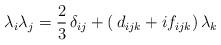
LaTeX: \begin{align*}\lambda_i\lambda_j=\frac{2}{3}\,\delta_{ij}+(\,d_{ijk}+if_{ijk})\,\lambda_k \end{align*}